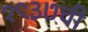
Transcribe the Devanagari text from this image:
१९३७ची